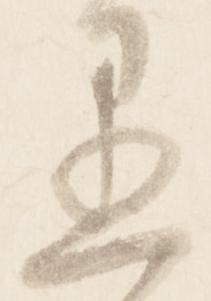
愚